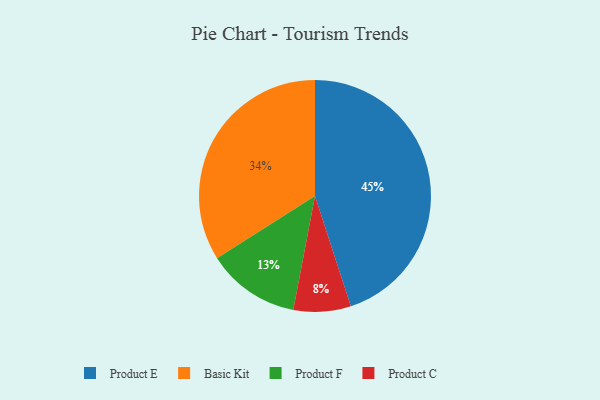
{"axis": {"x": "Category", "y": "Percentage"}, "legend": ["Basic Kit", "Product C", "Product E", "Product F"], "data": [{"x": "Basic Kit", "y": 34, "type": "Basic Kit"}, {"x": "Product C", "y": 8, "type": "Product C"}, {"x": "Product F", "y": 13, "type": "Product F"}, {"x": "Product E", "y": 45, "type": "Product E"}]}